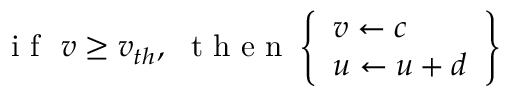
\mathrm { ~ i ~ f ~ } \ v \geq v _ { t h } , \ \mathrm { ~ t ~ h ~ e ~ n ~ } \left\{ \begin{array} { l } { v \leftarrow c } \\ { u \leftarrow u + d } \end{array} \right\}